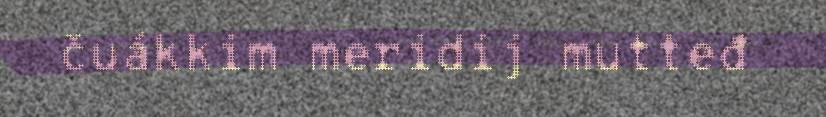
čuákkim meridij mutteđ